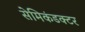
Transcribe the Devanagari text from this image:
सेमिकंडक्टर